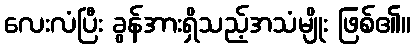
လေးလံပြီး ခွန်အားရှိသည့်အသံမျိုး ဖြစ်၏။